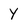
Character: y